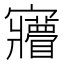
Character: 𡬌